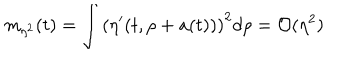
LaTeX: m _ { \eta ^ { 2 } } ( t ) = \int \left( \eta ^ { \prime } ( t , \rho + a ( t ) ) \right) ^ { 2 } d \rho = { \cal O } ( \eta ^ { 2 } )